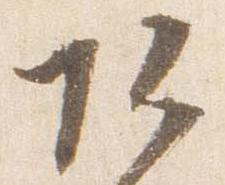
頭